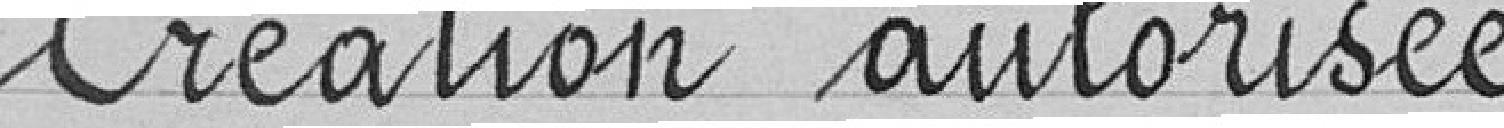
Création autorisée